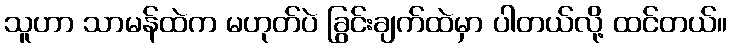
သူဟာ သာမန်ထဲက မဟုတ်ပဲ ခြွင်းချက်ထဲမှာ ပါတယ်လို့ ထင်တယ်။